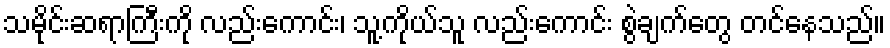
သမိုင်းဆရာကြီးကို လည်းကောင်း၊ သူ့ကိုယ်သူ လည်းကောင်း စွဲချက်တွေ တင်နေသည်။